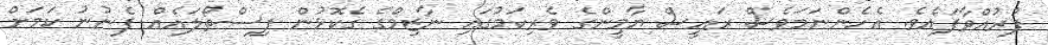
ފުރުއްވާފައެވެ. އެހެންނަމަވެސް ރައީސް ޔާމީންގެ ވެރިކަމުގައި ނާޒިމްގެ ގެކޮޅުން ފިސްތޯލައެއް ފެނުނު ކަމަށް